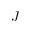
J